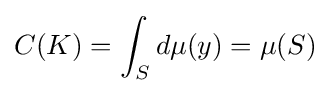
C(K)=\int _{S}d\mu (y)=\mu (S)